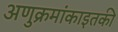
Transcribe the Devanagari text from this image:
अणुक्रमांकाइतकी